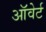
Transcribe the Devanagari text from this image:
ऑवेर्ट